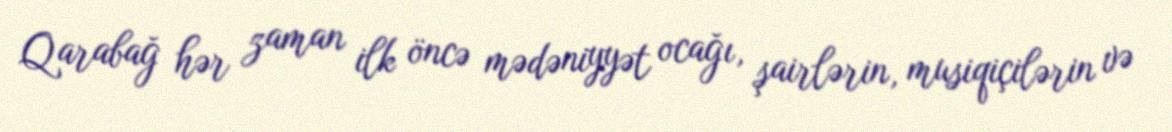
Qarabağ hər zaman ilk öncə mədəniyyət ocağı, şairlərin, musiqiçilərin və